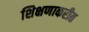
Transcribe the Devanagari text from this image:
शिक्षणाकरीत